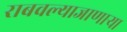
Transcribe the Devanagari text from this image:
राबवल्याजाणार्‍या